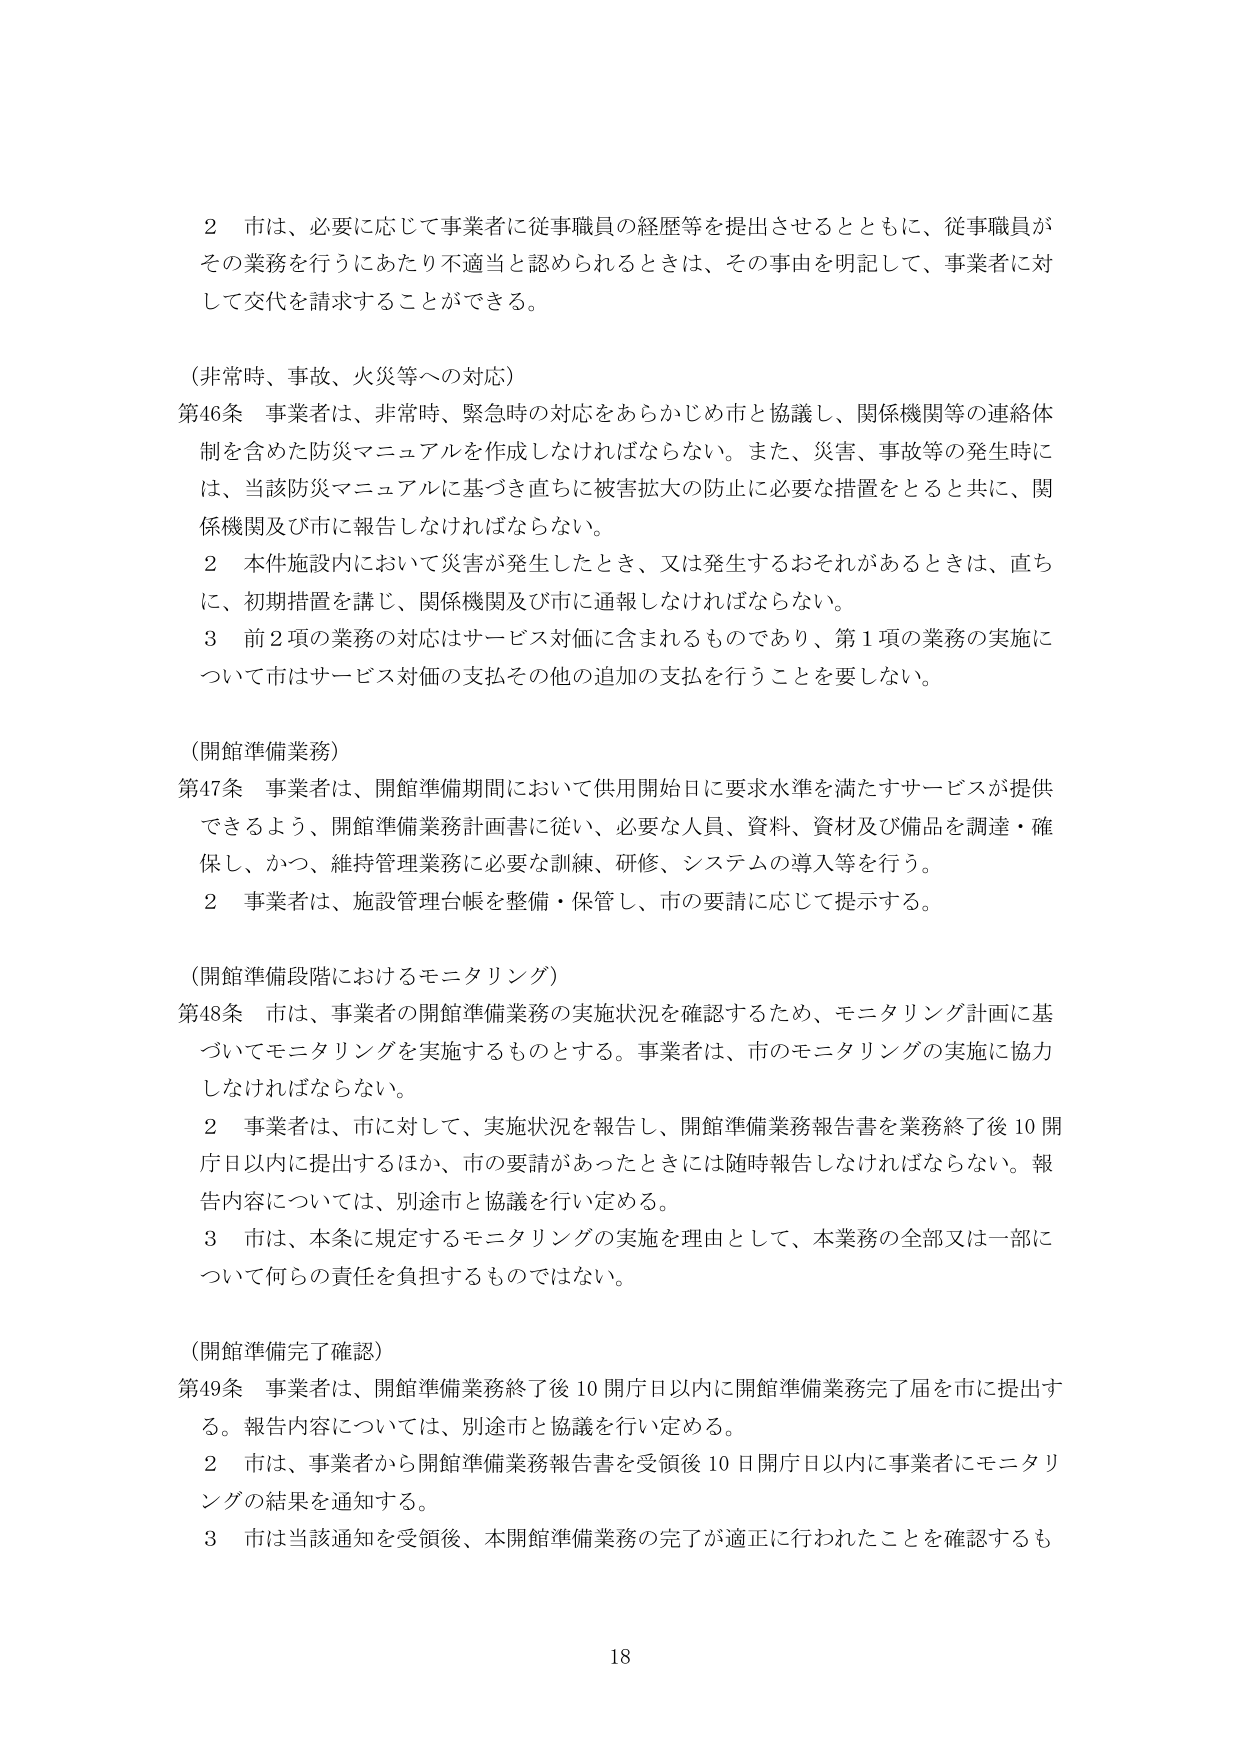
2 市は、必要に応じて事業者に従事職員の経歴等を提出させるとともに、従事職員がその業務を行うにあたり不適当と認められるときは、その事由を明記して、事業者に対して交代を請求することができる。

（非常時、事故、火災等への対応）

第46条 事業者は、非常時、緊急時の対応をあらかじめ市と協議し、関係機関等の連絡体制を含めた防災マニュアルを作成しなければならない。また、災害、事故等の発生時には、当該防災マニュアルに基づき直ちに被害拡大の防止に必要な措置をとると共に、関係機関及び市に報告しなければならない。

2 本件施設内において災害が発生したとき、又は発生するおそれがあるときは、直ちに、初期措置を講じ、関係機関及び市に通報しなければならない。

3 前2項の業務の対応はサービス対価に含まれるものであり、第1項の業務の実施については市はサービス対価の支払その他の追加の支払を行うことを要しない。

（開館準備業務）

第47条 事業者は、開館準備期間において供用開始日に要求水準を満たすサービスが提供できるよう、開館準備業務計画書に従い、必要な人員、資料、資材及び備品を調達・確保し、かつ、維持管理業務に必要な訓練、研修、システムの導入等を行う。

2 事業者は、施設管理台帳を整備・保管し、市の要請に応じて提示する。

（開館準備段階におけるモニタリング）

第48条 市は、事業者の開館準備業務の実施状況を確認するため、モニタリング計画に基づいてモニタリングを実施するものとする。事業者は、市のモニタリングの実施に協力しなければならない。

2 事業者は、市に対して、実施状況を報告し、開館準備業務報告書を業務終了後10開庁日以内に提出するほか、市の要請があったときには随時報告しなければならない。報告内容については、別途市と協議を行い定める。

3 市は、本条に規定するモニタリングの実施を理由として、本業務の全部又は一部について何らの責任を負担するものではない。

（開館準備完了確認）

第49条 事業者は、開館準備業務終了後10開庁日以内に開館準備業務完了届を市に提出する。報告内容については、別途市と協議を行い定める。

2 市は、事業者から開館準備業務報告書を受領後10日開庁日以内に事業者にモニタリングの結果を通知する。

3 市は当該通知を受領後、本開館準備業務の完了が適正に行われたことを確認するも

18